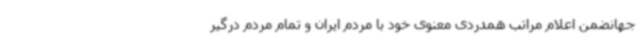
جهانضمن اعلام مراتب همدردی معنوی خود با مردم ایران و تمام مردم درگیر